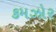
કમઝોર